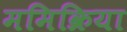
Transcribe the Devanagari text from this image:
ममिक्रिया